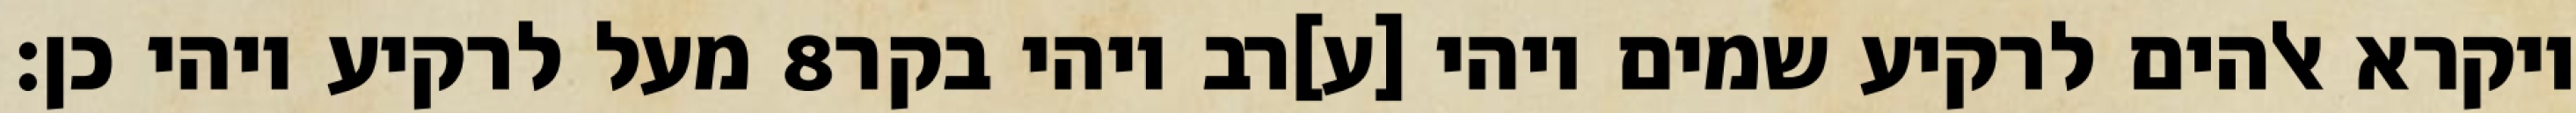
מעל לרקיע ויהי כן׃ ‎8‏ ויקרא אלהים לרקיע שמים ויהי [ע]רב ויהי בקר